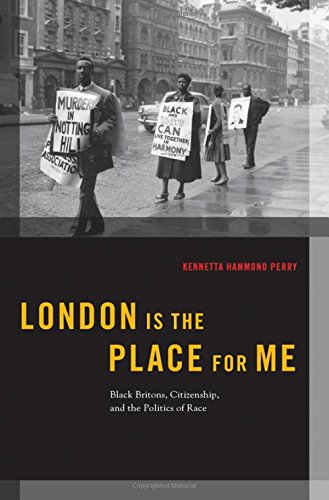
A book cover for London is the Place for Me: Black Britons, Citizenship and the Politics of Race (Transgressing Boundaries: Studies in Black Politics and Black Communities); Kennetta Hammond Perry; History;